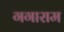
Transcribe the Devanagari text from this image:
गगाराम